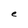
Character: e